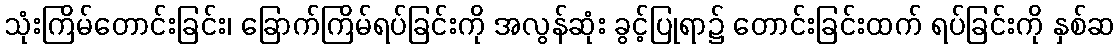
သုံးကြိမ်တောင်းခြင်း၊ ခြောက်ကြိမ်ရပ်ခြင်းကို အလွန်ဆုံး ခွင့်ပြုရာ၌ တောင်းခြင်းထက် ရပ်ခြင်းကို နှစ်ဆ